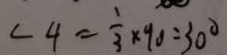
\angle 4 = \frac { 1 } { 3 } \times 9 0 = 3 0 ^ { \circ }